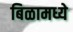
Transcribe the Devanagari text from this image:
बिळामध्ये